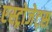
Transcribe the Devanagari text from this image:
एस्‍ट्रोजेट्स